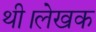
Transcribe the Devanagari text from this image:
थी।लेखक